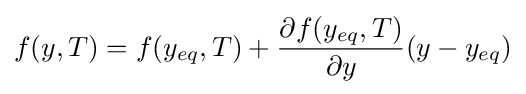
f(y,T)=f(y_{eq},T)+{\frac {\partial f(y_{eq},T)}{\partial y}}(y-y_{eq})